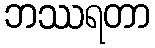
ဘဿရတာ